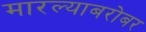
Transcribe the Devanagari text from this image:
मारल्याबरोबर